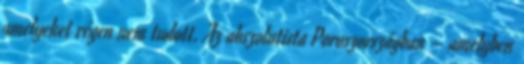
amelyeket régen nem tudott. Az abszolutista Poroszországban – amelyben